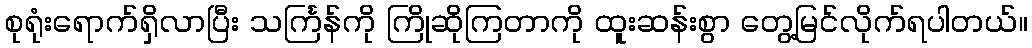
စုရုံးရောက်ရှိလာပြီး သင်္ကြန်ကို ကြိုဆိုကြတာကို ထူးဆန်းစွာ တွေ့မြင်လိုက်ရပါတယ်။